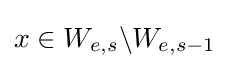
x\in W_{e,s}\backslash W_{e,s-1}